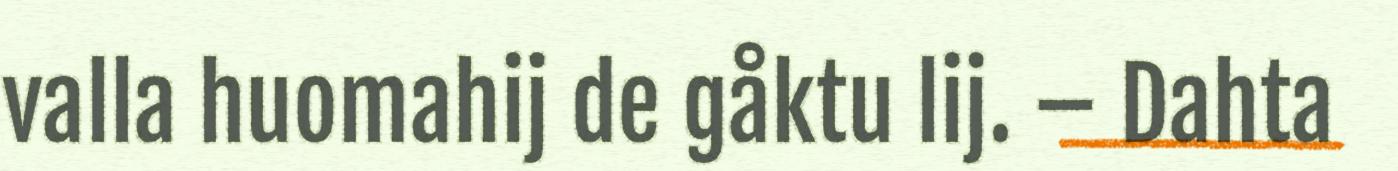
valla huomahij de gåktu lij. – Dahta